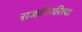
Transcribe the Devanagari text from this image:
राजकीयरित्या